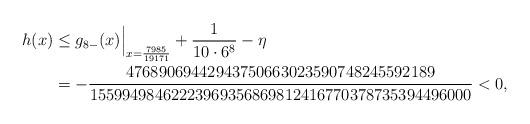
LaTeX: \begin{align*}h(x)&\le g_{8-}(x)\Bigr|_{x=\frac{7985}{19171}} + \frac1{10\cdot 6^8}- \eta\\&=-\frac{47689069442943750663023590748245592189}{15599498462223969356869812416770378735394496000}<0,\end{align*}